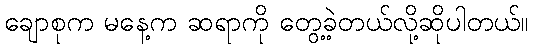
ချောစုက မနေ့က ဆရာကို တွေ့ခဲ့တယ်လို့ဆိုပါတယ်။